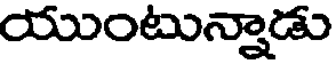
యుంటున్నాడు